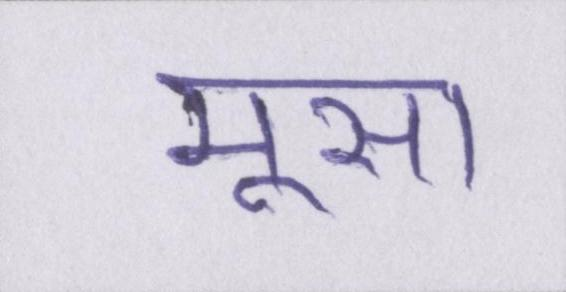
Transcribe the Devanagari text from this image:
मूसा